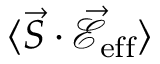
\langle \vec { S } \cdot \mathcal { \vec { E } } _ { \mathrm { e f f } } \rangle